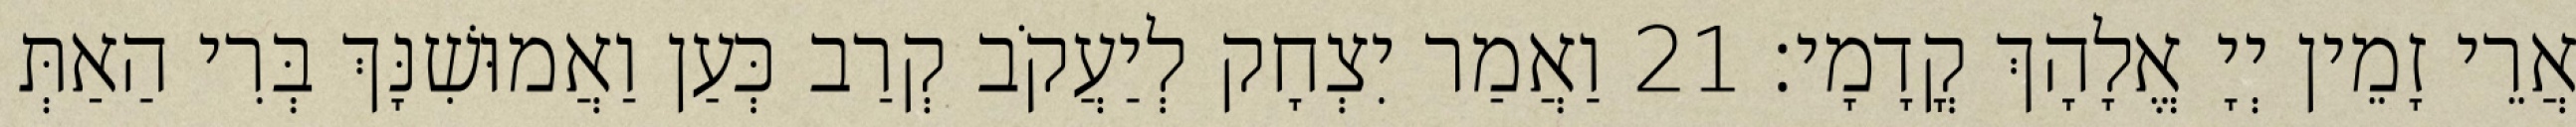
אֲרֵי זָמֵין יְיָ אֱלָהָךְ קֳדָמָי׃ 21 וַאֲמַר יִצְחָק לְיַעֲקֹב קְרַב כְּעַן וַאֲמוּשִׁנָּךְ בְּרִי הַאַתְּ